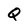
Character: Q